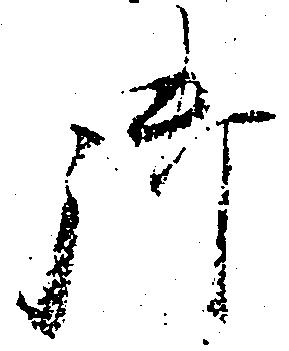
御